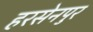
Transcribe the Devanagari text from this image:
हरसेनपुर